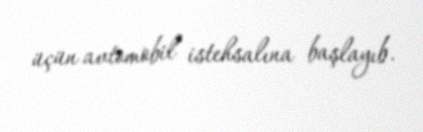
üçün avtomobil istehsalına başlayıb.